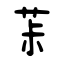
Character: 茮